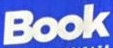
Book